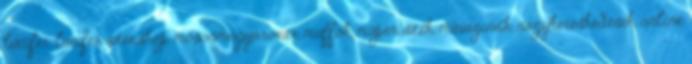
lucifer, lucifer szexshop, mosonmagyaróvár, muffok, műpéniszek, művaginák, nagykereskedések, online